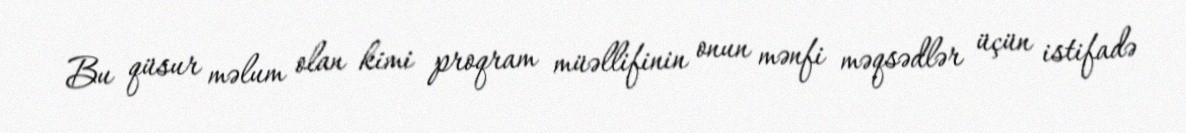
Bu qüsur məlum olan kimi proqram müəllifinin onun mənfi məqsədlər üçün istifadə